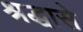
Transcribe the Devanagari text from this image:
श्रद्धासे